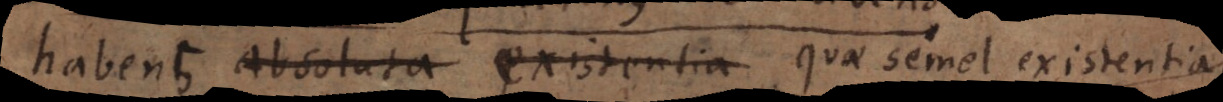
habens absoluta existentia quae semel existentia